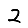
Digit: 2